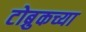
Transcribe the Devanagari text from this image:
टोब्रुकच्या